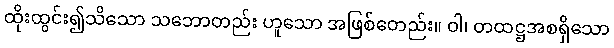
ထိုးထွင်း၍သိသော သဘောတည်း ဟူသော အဖြစ်တေည်း။ ဝါ၊ တထဋ္ဌအစရှိသော